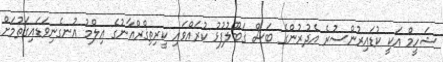
ޝަހީމް އަކީ ކުޑައިރުންސުރެ އެދުރުންގެ ބަސް ޤަބޫލުފުޅު ކުރައްވައި ކީރިތިޤްރްއާނުގެ ޢިލްމު އުނގެނިވަޑައިގަތުމަށް